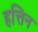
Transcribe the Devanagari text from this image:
हत्तिन